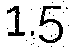
1.5